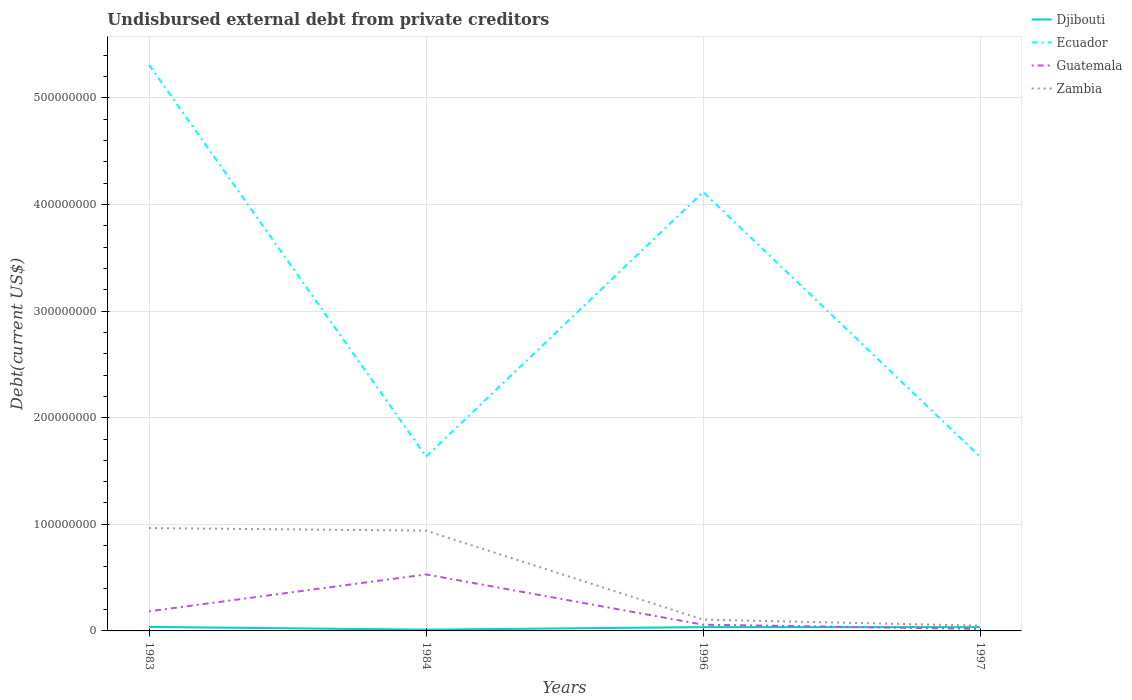
| Years | Djibouti | Ecuador | Guatemala | Zambia |
 | --- | --- | --- | --- | --- |
 | 1983 | 3.77e+06 | 5.31e+08 | 1.84e+07 | 9.65e+07 |
 | 1984 | 1.19e+06 | 1.64e+08 | 5.3e+07 | 9.41e+07 |
 | 1996 | 3.57e+06 | 4.12e+08 | 5.85e+06 | 1.06e+07 |
 | 1997 | 3.57e+06 | 1.63e+08 | 1.84e+06 | 4.9e+06 |